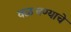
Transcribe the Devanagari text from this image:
वळवण्याचे